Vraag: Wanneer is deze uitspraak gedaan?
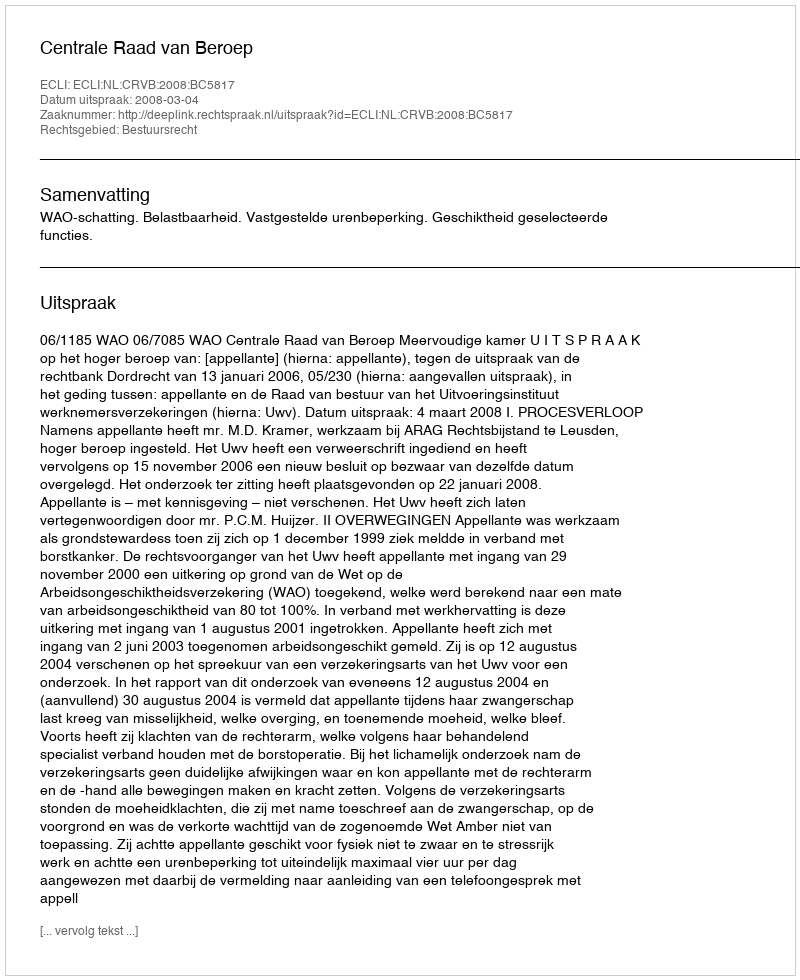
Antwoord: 2008-03-04